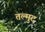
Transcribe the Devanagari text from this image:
तल्मुद